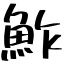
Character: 鮓